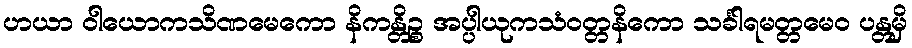
ဟယာ ဝါယောကသိဏမေကော နိကန္တိဉ္စ အပ္ပါယုကသံဝတ္တနိကော သင်္ခါရမတ္တမေဝ ပန္တမှိ